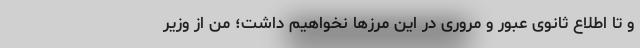
و تا اطلاع ثانوی عبور و مروری در این مرزها نخواهیم داشت؛ من از وزیر